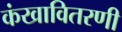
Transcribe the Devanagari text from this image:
कंखावितरणी